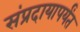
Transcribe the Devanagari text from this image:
संप्रदायापर्यंत